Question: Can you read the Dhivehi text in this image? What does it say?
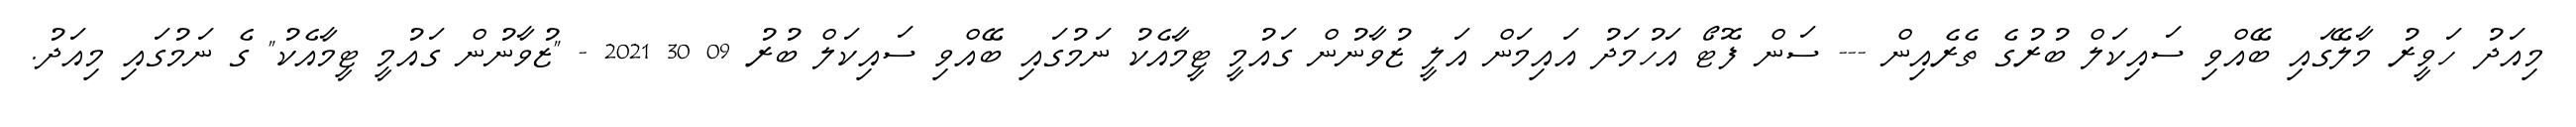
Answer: މިއަދު ހަވީރު މާލޭގައި ބޭއްވި ސައިކަލް ބުރުގެ ތެރެއިން --- ސަން ފޮޓޯ އަހުމަދު އައިމަން އަލީ ޒުވާނުން ގައުމީ ޓީމާއެކު ނަމުގައި ބޭއްވި ސައިކަލް ބުރު 09 30 2021 - "ޒުވާނުން ގައުމީ ޓީމާއެކު" ގެ ނަމުގައި މިއަދު.